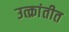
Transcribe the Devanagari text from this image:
उत्क्रांतीत